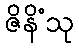
ဇိနိံသု